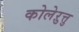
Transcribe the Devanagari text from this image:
कोलेऱुत्तु